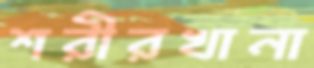
শরীরখানা